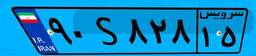
۹۰S۸۲۸۱۵